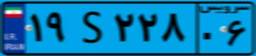
۷۸S۴۶۶۴۴